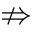
\nRightarrow